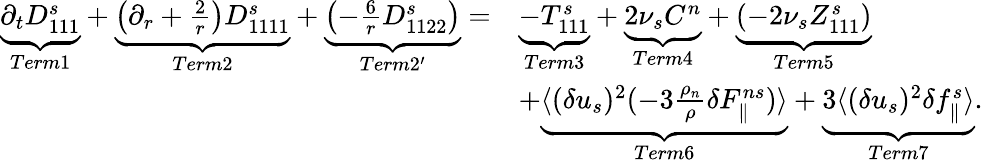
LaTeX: \begin{array}{rl}{\underbrace{\partial_{t}D_{111}^{s}}_{Term1}+\underbrace{\left(\partial_{r}+\frac{2}{r}\right)D_{1111}^{s}}_{Term2}+\underbrace{\left(-\frac{6}{r}D_{1122}^{s}\right)}_{Term2^{\prime}}=}&{\underbrace{-T_{111}^{s}}_{Term3}+\underbrace{2\nu_{s}C^{n}}_{Term4}+\underbrace{\left(-2\nu_{s}Z_{111}^{s}\right)}_{Term5}}\\ &{+\underbrace{\langle{(\delta u_{s})^{2}(-3\frac{\rho_{n}}{\rho}\delta F_{\parallel}^{ns})}\rangle}_{Term6}+\underbrace{3\langle{(\delta u_{s})^{2}\delta f_{\parallel}^{s}}\rangle}_{Term7}.}\end{array}